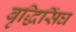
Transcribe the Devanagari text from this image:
बृद्धिसिंघ